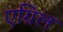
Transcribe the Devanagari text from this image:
एग्रिल